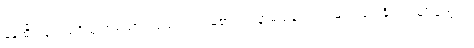
နေထိုင်ခြင်း မရှိသူ တစ်ယာက်ယောက်ရဲ့ မဲစာရင်း နာမည်နဲ့လည်း မဲလာပေးနိုင်တာမျိုးတွေပါ။